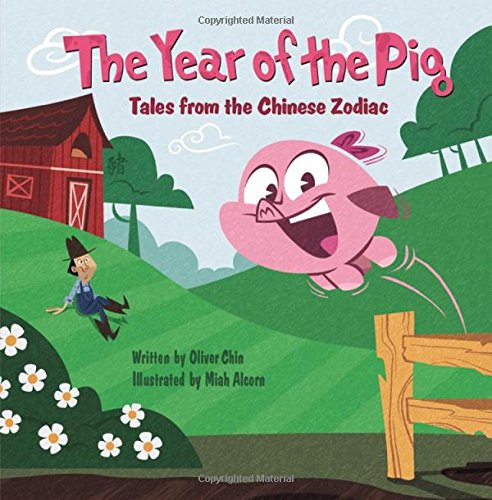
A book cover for The Year of the Pig: Tales from the Chinese Zodiac; Oliver Chin; Children's Books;